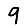
Digit: 9